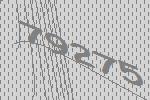
79275